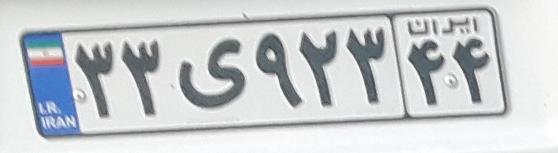
۳۳ی۹۲۳۴۴